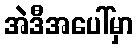
အဲဒီအပေါ်မှာ